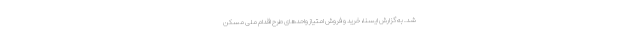
شد. به گزارش ایسنا، خرید و فروش امتیاز واحدهای طرح اقدام ملی مسکن